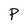
Character: P